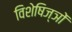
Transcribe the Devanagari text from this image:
विशेषिज्ञों